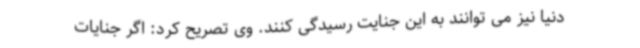
دنیا نیز می توانند به این جنایت رسیدگی کنند. وی تصریح کرد: اگر جنایات